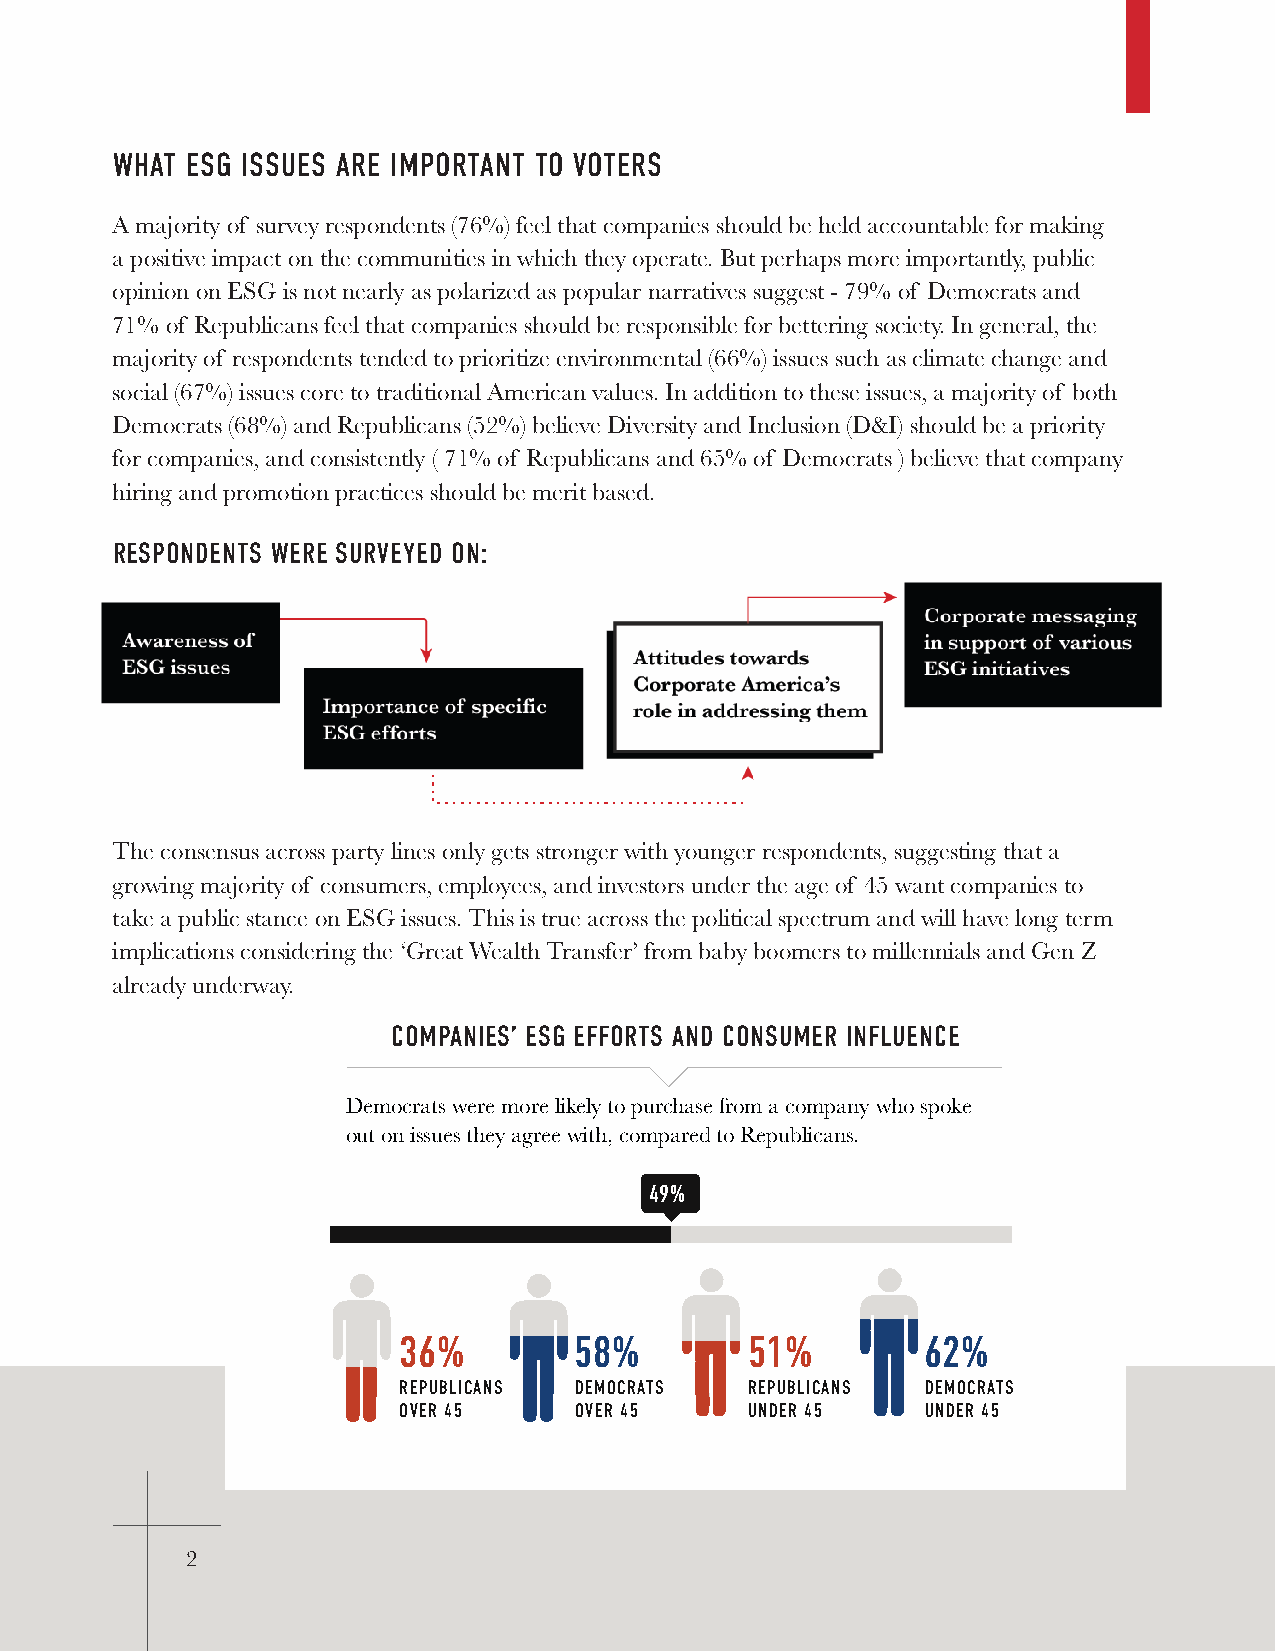
WHAT ESG ISSUES ARE IMPORTANT TO VOTERS
 A majority of survey respondents (76%) feel that companies should be held accountable for making
 a positive impact on the communities in which they operate. But perhaps more importantly, public
 opinion on ESG is not nearly as polarized as popular narratives suggest - 79% of Democrats and
 71% of Republicans feel that companies should be responsible for bettering society. In general, the
 majority of respondents tended to prioritize environmental (66%) issues such as climate change and
 social (67%) issues core to traditional American values. In addition to these issues, a majority of both
 Democrats (68%) and Republicans (52%) believe Diversity and Inclusion (D&I) should be a priority
 for companies, and consistently ( 71% of Republicans and 65% of Democrats ) believe that company
 hiring and promotion practices should be merit based.
 RESPONDENTS WERE SURVEYED ON:
 The consensus across party lines only gets stronger with younger respondents, suggesting that a
 growing majority of consumers, employees, and investors under the age of 45 want companies to
 take a public stance on ESG issues. This is true across the political spectrum and will have long term
 implications considering the ‘Great Wealth Transfer’ from baby boomers to millennials and Gen Z
 already underway.
 COMPACNOIMEPSA’N EIESSG’ E SEGF EFFOFRORTTSS AANNDD C OCNOSNUMSEURM INEFRLU EINNCFELUENCE
 Democrats were more likely to purchase from a company who spoke
 out on issues they agree with, compared to Republicans.
 49%
 36%         58%        51%         62%
 REPUBLICANS DEMOCRATS  REPUBLICANS DEMOCRATS
 OVER 45     OVER 45    UNDER 45    UNDER 45
 2